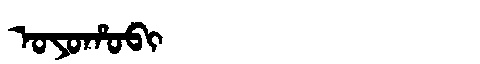
Manchu: ᠣᠶᠣᡥᠣᠪᡳ
Romanization: OYOHOBI